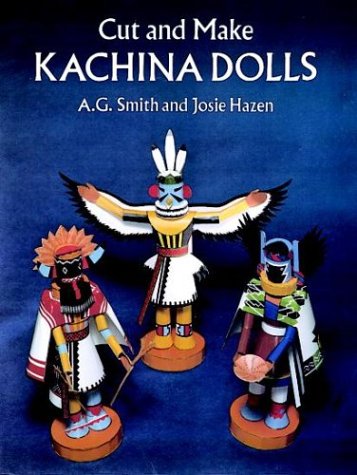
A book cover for Cut and Make Kachina Dolls; A. G. Smith; Teen & Young Adult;